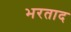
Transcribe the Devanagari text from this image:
भरताद